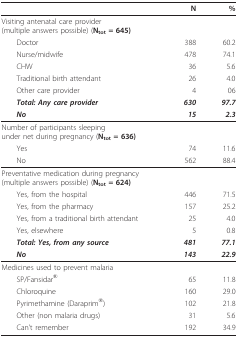
<table><thead><tr><td></td><td><b>N</b></td><td><b>%</b></td></tr></thead><tbody><tr><td>Visiting antenatal care provider(multiple answers possible) (<b>N<sub>tot </sub>= 645)</b></td><td></td><td></td></tr><tr><td> Doctor</td><td>388</td><td>60.2</td></tr><tr><td> Nurse/midwife</td><td>478</td><td>74.1</td></tr><tr><td> CHW</td><td>36</td><td>5.6</td></tr><tr><td> Traditional birth attendant</td><td>26</td><td>4.0</td></tr><tr><td> Other care provider</td><td>4</td><td>06</td></tr><tr><td> <b><i>Total: Any care provider</i></b></td><td><b><i>630</i></b></td><td><b><i>97.7</i></b></td></tr><tr><td> <b><i>No</i></b></td><td><b><i>15</i></b></td><td><b><i>2.3</i></b></td></tr><tr><td>Number of participants sleepingunder net during pregnancy (<b>N<sub>tot </sub>= 636)</b></td><td></td><td></td></tr><tr><td> Yes</td><td>74</td><td>11.6</td></tr><tr><td> No</td><td>562</td><td>88.4</td></tr><tr><td>Preventative medication during pregnancy(multiple answers possible) (<b>N<sub>tot </sub>= 624)</b></td><td></td><td></td></tr><tr><td> Yes, from the hospital</td><td>446</td><td>71.5</td></tr><tr><td> Yes, from the pharmacy</td><td>157</td><td>25.2</td></tr><tr><td> Yes, from a traditional birth attendant</td><td>25</td><td>4.0</td></tr><tr><td> Yes, elsewhere</td><td>5</td><td>0.8</td></tr><tr><td> <b><i>Total: Yes, from any source</i></b></td><td><b><i>481</i></b></td><td><b><i>77.1</i></b></td></tr><tr><td> <b><i>No</i></b></td><td><b><i>143</i></b></td><td><b><i>22.9</i></b></td></tr><tr><td>Medicines used to prevent malaria</td><td></td><td></td></tr><tr><td> SP/Fansidar<sup>®</sup></td><td>65</td><td>11.8</td></tr><tr><td> Chloroquine</td><td>160</td><td>29.0</td></tr><tr><td> Pyrimethamine (Daraprim<sup>®</sup>)</td><td>102</td><td>21.8</td></tr><tr><td> Other (non malaria drugs)</td><td>31</td><td>5.6</td></tr><tr><td> Can&#x27;t remember</td><td>192</td><td>34.9</td></tr></tbody></table>